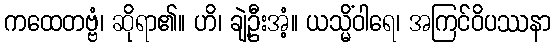
ကထေတဗ္ဗံ၊ ဆိုရာ၏။ ဟိ၊ ချဲ့ဦးအံ့။ ယသ္မိံဝါရေ၊ အကြင်ဝိပဿနာ